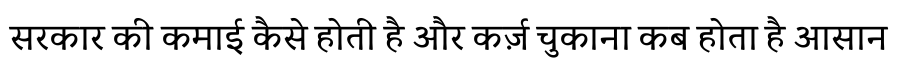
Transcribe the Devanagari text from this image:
सरकार की कमाई कैसे होती है और कर्ज़ चुकाना कब होता है आसान